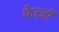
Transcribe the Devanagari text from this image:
फेव्ज़ी